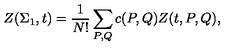
Z ( \Sigma _ { 1 } , t ) = { \frac { 1 } { N ! } } \sum _ { P , Q } c ( P , Q ) Z ( t , P , Q ) ,